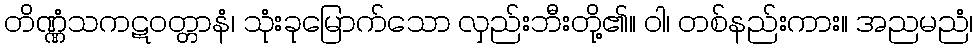
တိဏ္ဏံသကဋဝတ္တာနံ၊ သုံးခုမြောက်သော လှည်းဘီးတို့၏။ ဝါ၊ တစ်နည်းကား။ အညမညံ၊